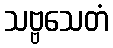
သဗ္ဗသေတံ